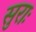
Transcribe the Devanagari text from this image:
सुराः